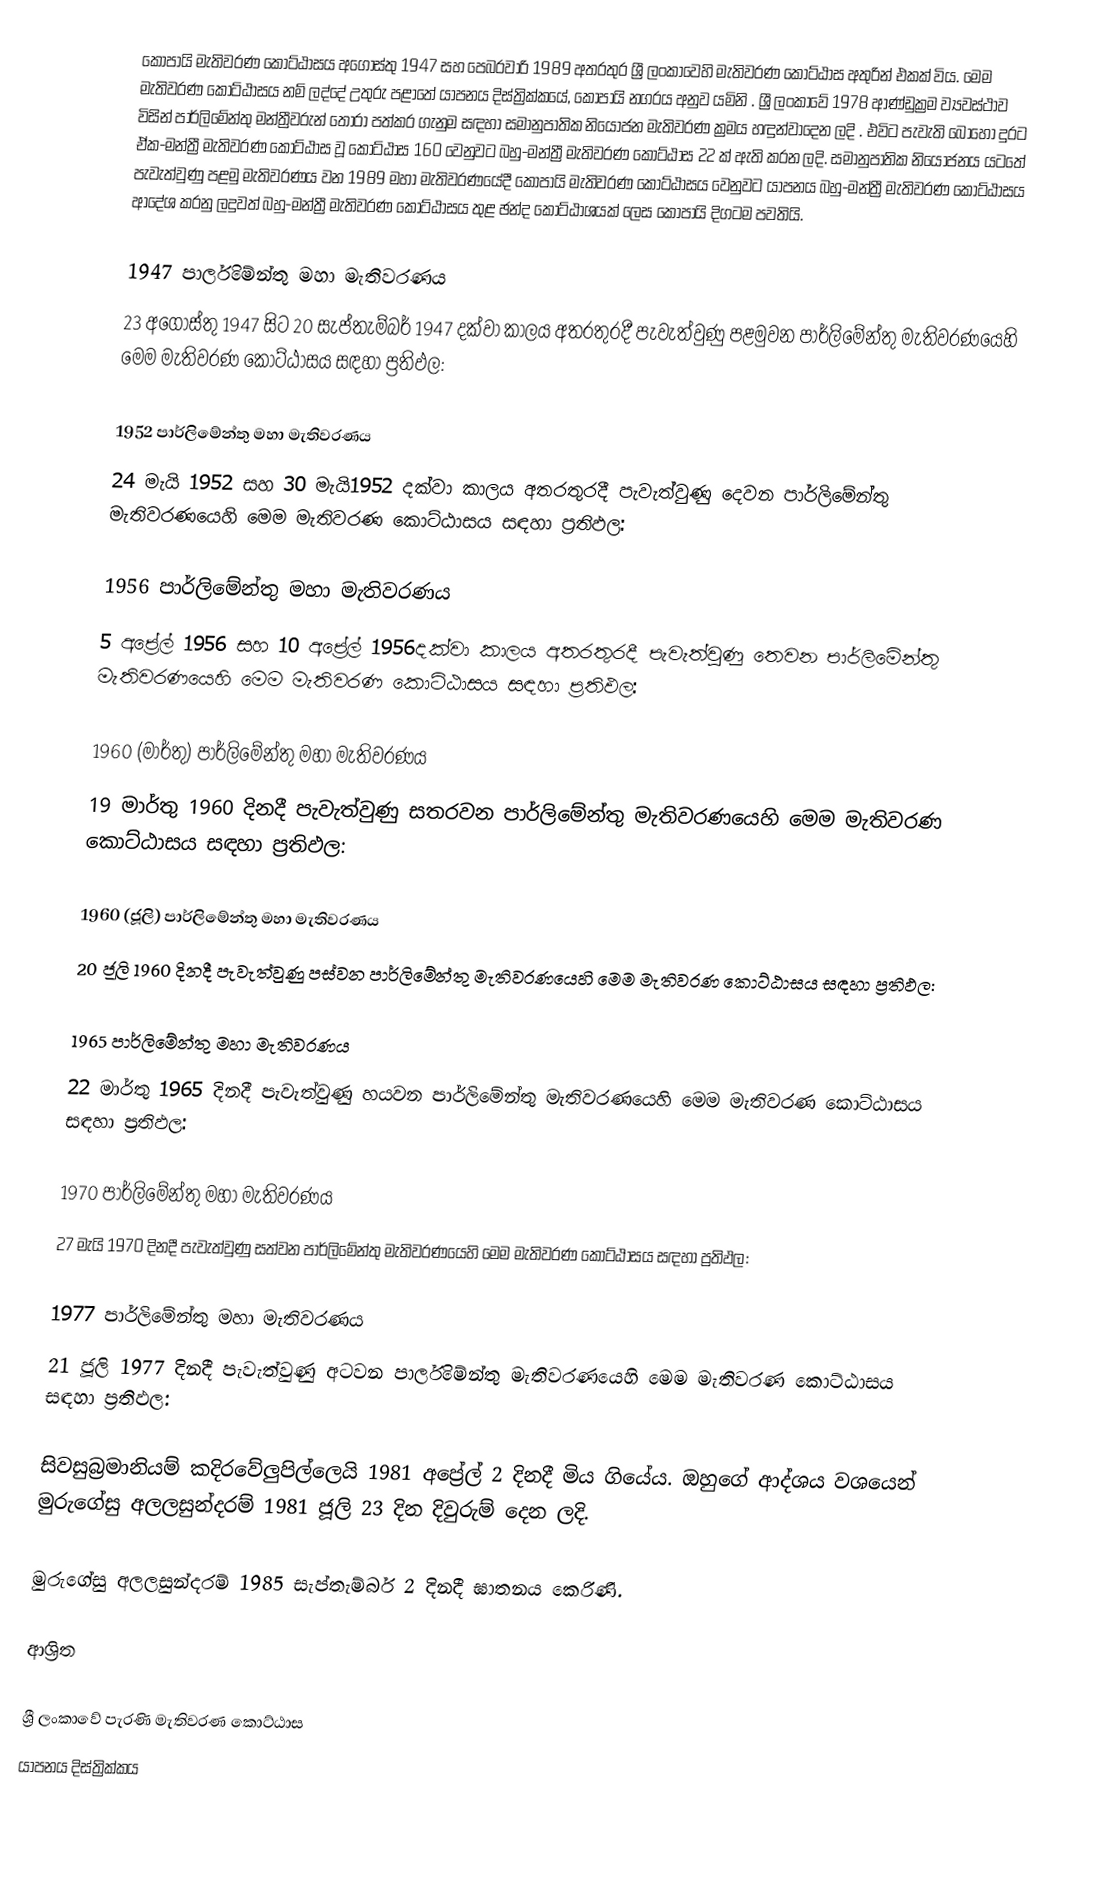
කෝපායි මැතිවරණ කොට්ඨාසය  අගෝස්තු 1947 සහ පෙබරවාරි 1989 අතරතුර  ශ්‍රී ලංකාවෙහි  මැතිවරණ කොට්ඨාස අතුරින් එකක් විය. මෙම මැතිවරණ කොට්ඨාසය නම් ලද්දේ  උතුරු පළාතේ  යාපනය දිස්ත්‍රික්කයේ,  කෝපායි නගරය අනුව යමිනි . ශ්‍රී ලංකාවේ 1978 ආණ්ඩුක්‍රම ව්‍යවස්ථාව විසින්   පාර්ලිමේන්තු මන්ත්‍රීවරුන් තෝරා පත්කර ගැනුම සඳහා සමානුපාතික නියෝජන මැතිවරණ ක්‍රමය හඳුන්වාදෙන ලදි . එවිට පැවැති බොහෝ දුරට  ඒක-මන්ත්‍රී මැතිවරණ කොට්ඨාස වූ කොට්ඨාස 160 වෙනුවට බහු-මන්ත්‍රී මැතිවරණ කොට්ඨාස 22 ක් ඇති කරන ලදි. සමානුපාතික නියෝජනය යටතේ පැවැත්වුණු පළමු මැතිවරණය වන 1989 මහා මැතිවරණයේදී  කෝපායි මැතිවරණ කොට්ඨාසය වෙනුවට  යාපනය බහු-මන්ත්‍රී මැතිවරණ කොට්ඨාසය  ආදේශ කරනු ලදුවත් බහු-මන්ත්‍රී මැතිවරණ කොට්ඨාසය තුළ ඡන්ද කොට්ඨාශයක් ලෙස කෝපායි දිගටම පවතියි.

1947 පාර්ලිමේන්තු මහා මැතිවරණය
23 අගෝස්තු 1947 සිට 20 සැප්තැම්බර් 1947 දක්වා කාලය අතරතුරදී පැවැත්වුණු  පළමුවන පාර්ලිමේන්තු මැතිවරණයෙහි මෙම මැතිවරණ කොට්ඨාසය සඳහා ප්‍රතිඵල:

1952 පාර්ලිමේන්තු මහා මැතිවරණය
24 මැයි 1952 සහ 30 මැයි1952 දක්වා කාලය අතරතුරදී පැවැත්වුණු  දෙවන පාර්ලිමේන්තු මැතිවරණයෙහි මෙම මැතිවරණ කොට්ඨාසය සඳහා ප්‍රතිඵල:

1956 පාර්ලිමේන්තු මහා මැතිවරණය
5 අප්‍රේල් 1956 සහ 10 අප්‍රේල් 1956දක්වා කාලය අතරතුරදී පැවැත්වුණු  තෙවන පාර්ලිමේන්තු මැතිවරණයෙහි මෙම මැතිවරණ කොට්ඨාසය සඳහා ප්‍රතිඵල:

1960 (මාර්තු) පාර්ලිමේන්තු මහා මැතිවරණය
19 මාර්තු 1960 දිනදී පැවැත්වුණු  සතරවන පාර්ලිමේන්තු මැතිවරණයෙහි මෙම මැතිවරණ කොට්ඨාසය සඳහා ප්‍රතිඵල:

1960 (ජූලි) පාර්ලිමේන්තු මහා මැතිවරණය
20 ජූලි 1960 දිනදී පැවැත්වුණු  පස්වන පාර්ලිමේන්තු මැතිවරණයෙහි මෙම මැතිවරණ කොට්ඨාසය සඳහා ප්‍රතිඵල:

1965 පාර්ලිමේන්තු මහා මැතිවරණය
22 මාර්තු 1965  දිනදී පැවැත්වුණු  හයවන පාර්ලිමේන්තු මැතිවරණයෙහි මෙම මැතිවරණ කොට්ඨාසය සඳහා ප්‍රතිඵල:

1970 පාර්ලිමේන්තු මහා මැතිවරණය
27 මැයි 1970 දිනදී පැවැත්වුණු  සත්වන පාර්ලිමේන්තු මැතිවරණයෙහි මෙම මැතිවරණ කොට්ඨාසය සඳහා ප්‍රතිඵල:

1977 පාර්ලිමේන්තු මහා මැතිවරණය
21 ජූලි 1977 දිනදී පැවැත්වුණු  අටවන පාර්ලිමේන්තු මැතිවරණයෙහි මෙම මැතිවරණ කොට්ඨාසය සඳහා ප්‍රතිඵල:

සිවසුබ්‍රමානියම් කදිරවේලුපිල්ලෙයි 1981 අප්‍රේල් 2 දිනදී මිය ගියේය. ඔහුගේ ආද්ශය වශයෙන් මුරුගේසු අලලසුන්දරම්  1981 ජූලි 23 දින දිවුරුම් දෙන ලදි.

මුරුගේසු අලලසුන්දරම් 1985 සැප්තැම්බර් 2 දිනදී ඝාතනය කෙරිණි.

ආශ්‍රිත

ශ්‍රී ලංකාවේ පැරණි මැතිවරණ කොට්ඨාස
 යාපනය  දිස්ත්‍රික්කය